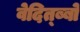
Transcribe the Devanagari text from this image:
वेदित्ब्बो